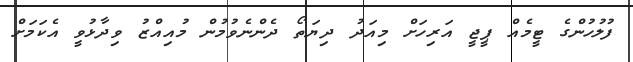
ފުލުހުންގެ ޓީމެއް ޕީޖީ އަރިހަށް މިއަދު ދިޔަތޯ ދެންނެވުމުން މުއިއްޒު ވިދާޅުވީ އެކަމަށް